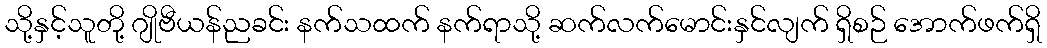
သို့နှင့်သူတို့ ဂျိုဗီယန်ညခင်း နက်သထက် နက်ရာသို့ ဆက်လက်မောင်းနှင်လျက် ရှိစဉ် အောက်ဖက်ရှိ